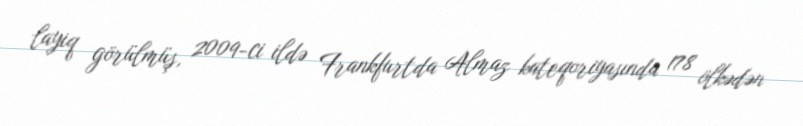
layiq görülmüş, 2009-ci ildə Frankfurtda Almaz kateqoriyasında 178 ölkədən